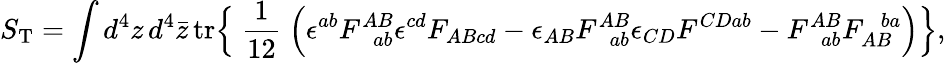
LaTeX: S_{\mathrm{T}}=\int d^{4}z\, d^{4}\bar{z}\, \mathrm{tr}\Bigr\{ \mathrm{~\frac{1}{12}~}\Bigr(\epsilon^{ab}F_{\! ~~~~ab}^{AB}\epsilon^{cd}F_{ABcd}-\epsilon_{AB}F_{\! ~~~~ab}^{AB}\epsilon_{CD}F^{CDab}-F_{\! ~~~~ab}^{AB}F_{AB}^{\! ~~~~ba}\Bigr)\Bigr\} ,